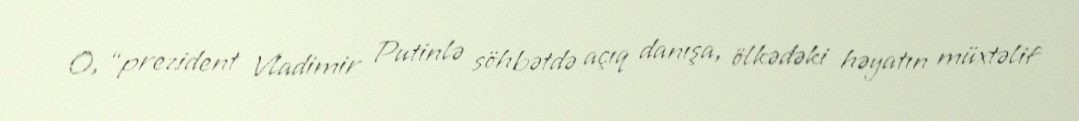
O, “prezident Vladimir Putinlə söhbətdə açıq danışa, ölkədəki həyatın müxtəlif